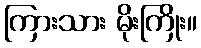
ကြားသား မိုးကြိုး။